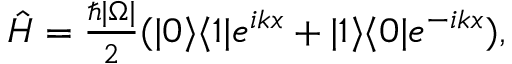
\begin{array} { r } { \hat { H } = \frac { \hbar | \Omega | } { 2 } ( | 0 \rangle \langle 1 | e ^ { i k x } + | 1 \rangle \langle 0 | e ^ { - i k x } ) , } \end{array}